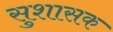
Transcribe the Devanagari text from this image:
सुशासक